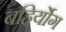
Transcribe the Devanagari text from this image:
बहिर्योग